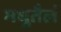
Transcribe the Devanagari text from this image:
मधुतैलं